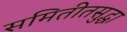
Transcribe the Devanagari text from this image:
समितीतसुद्धा